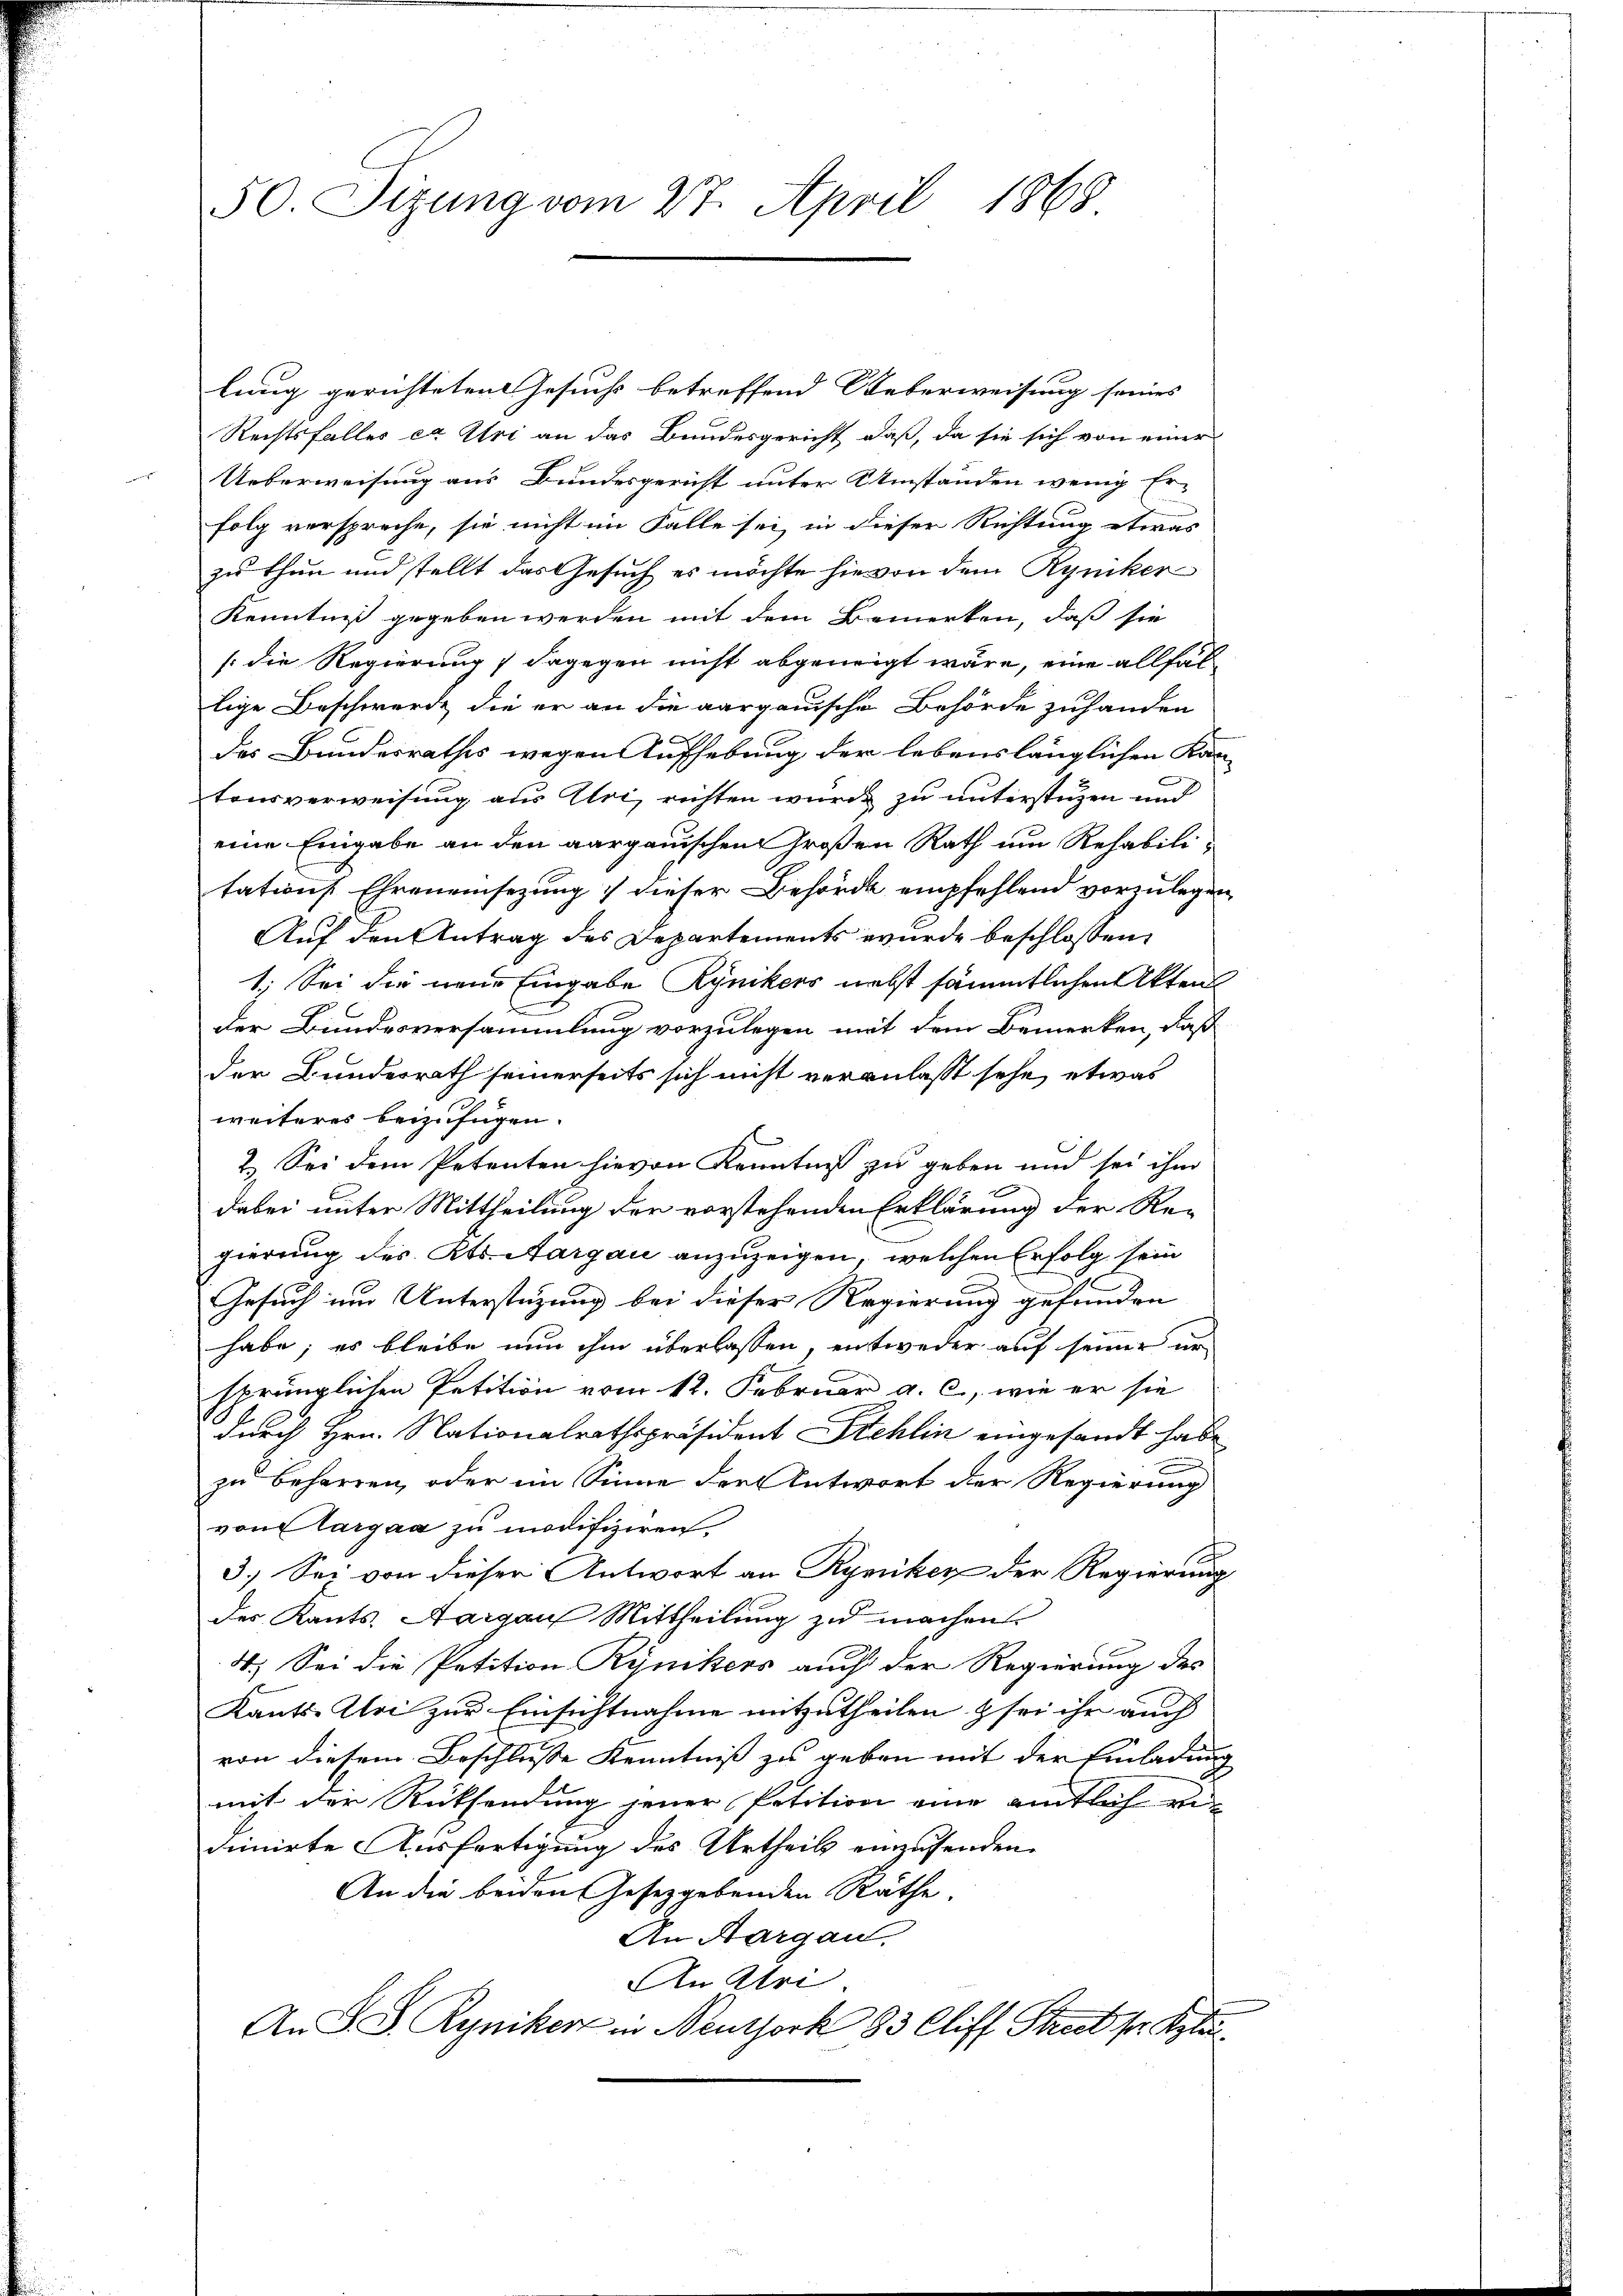
50. Sizung vom 27. April 1868

lung gerichteten Gesuchs betreffend Ueberweisung seines
Rechtsfalles ex Uri an das Bundesgericht daß, da sie sich von einer
 Ueberweisung aus Bundesgericht unter Umständen wenig Er-
folg verspreche, sie nicht im Falle sei, in dieser Richtung etwas
zu thun und stellt das Gesuch es möchte hievon dem Rynker
Kenntniß gegeben werden mit dem Bemerken, daß sie
(die Regierung 1 dagegen nicht abgeneigt wäre, eine allfällige Beschwerde, die er an die aargauische Behörde zuhanden

des Bundesrathes wegen Aufhebung der lebenslänglichen Kan-
tonsverweisung aus Uri, richten wurde zu unterstüzen und
eine Eingabe an den aargauischen Großen Rath um Rehabilitation Ehreneinsezung dieser Behörde empfehlend vorzulegen
Auf den Antrag des Departements wurde beschlossen,
1. Sei die neue Eingabe Rynikers nebst sämmtlichen Akten
.
der Bundesversammlung vorzulegen mit dem Bemerken, daß
der Bundesrath seinerseits sich nicht veranlasst sehe, etwas
weiteres beizufügen.
2.) Sei dem Petenten hievon Kenntniß zu geben und sei ihm
dabei unter Mittheilung der vorstehenden Erklärung der Re-
gierung des Kts. Aargau anzuzeigen, welchen Erfolg sein
Gesuch um Unterstüzung bei dieser Regierung gefunden
habe; es bleibe nun ihm überlassen, entweder auf seiner ur
sprünglichen Petition vom 12. Februar a. c., wie er sie
durch Hrn. Nationalrathspräsident Stehlin eingesandt habe
zu beharren, oder im Sinne der Antwort der Regierung
von largau zu modifiziren
3.) Sei von dieser Antwort an Rymiker der Regierung
des Kants. Aargau Mittheilung zu machen.
4.) Sei die Petition Rynikers auch der Regierung des
Kants. Uri zur Einsichtnahme mitzutheilen & sei ihr auch
von diesem Beschlusse Kenntniß zu geben mit der Einladung
mit der Rücksendung jener Petition eine amtlich ver
dinirte Ausfertigung des Urtheils einzusenden.
An die beiden Gesetzgebenden Räthe.
An Aargau,
An Ulri
An S. S. Ryniker in Neuthork 83 Cliff Street pr Kyla